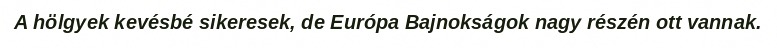
A hölgyek kevésbé sikeresek, de Európa Bajnokságok nagy részén ott vannak.